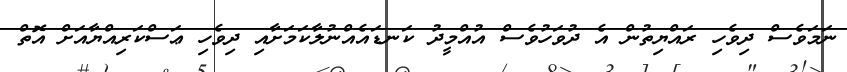
ނަމަވެސް ދިވެހި ރައްޔިތުން އެ ދުވަހުވެސް އުއްމީދު ކަނޑައެއްނުލާކަމަށާއި ދިވެހި ޢަސްކަރިއްޔާއަށް އޮތް